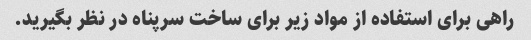
راهی برای استفاده از مواد زیر برای ساخت سرپناه در نظر بگیرید.